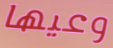
وعيها